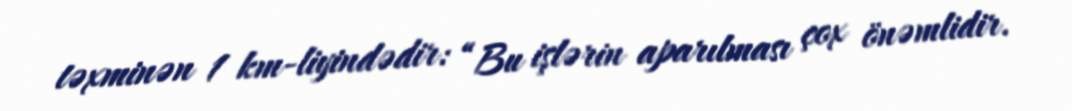
təxminən 1 km-liyindədir: “Bu işlərin aparılması çox önəmlidir.